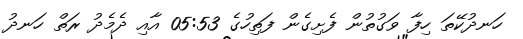
ހަނދުކޭތަ ހިފާ ވަގުތުން ފެށިގެން ފަތިހުގެ 05:53 އާއި ދެމެދު ރަތް ހަނދު